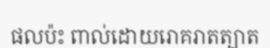
ផលប៉ះ ពាល់ដោយរោគរាតត្បាត